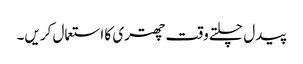
پیدل چلتے وقت چھتری کا استعمال کریں۔